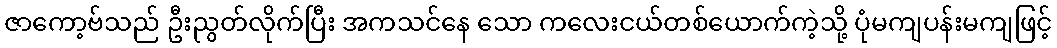
ဇာကော့ဗ်သည် ဦးညွတ်လိုက်ပြီး အကသင်နေ သော ကလေးငယ်တစ်ယောက်ကဲ့သို့ ပုံမကျပန်းမကျဖြင့်